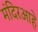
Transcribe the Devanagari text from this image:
मंदिरआहे